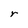
Character: r